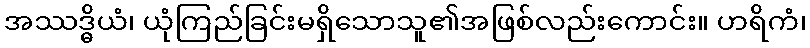
အဿဒ္ဓိယံ၊ ယုံကြည်ခြင်းမရှိသောသူ၏အဖြစ်လည်းကောင်း။ ဟရိကံ၊